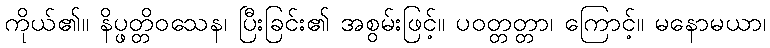
ကိုယ်၏။ နိပ္ဖတ္တိဝသေန၊ ပြီးခြင်း၏ အစွမ်းဖြင့်။ ပဝတ္တတ္တာ၊ ကြောင့်။ မနောမယာ၊